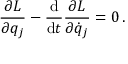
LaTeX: { \frac { \partial L } { \partial q _ { j } } } - { \frac { \mathrm { d } } { \mathrm { d } t } } { \frac { \partial L } { \partial { \dot { q } } _ { j } } } = 0 \, .